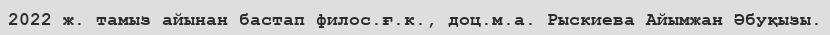
2022 ж. тамыз айынан бастап филос.ғ.к., доц.м.а. Рыскиева Айымжан Әбуқызы.